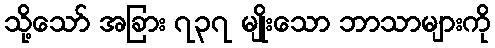
သို့သော် အခြား ၇၃၇ မျိုးသော ဘာသာများကို